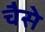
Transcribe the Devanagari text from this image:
चैसे